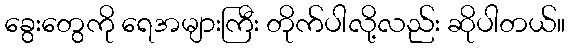
ခွေးတွေကို ရေအများကြီး တိုက်ပါလို့လည်း ဆိုပါတယ်။